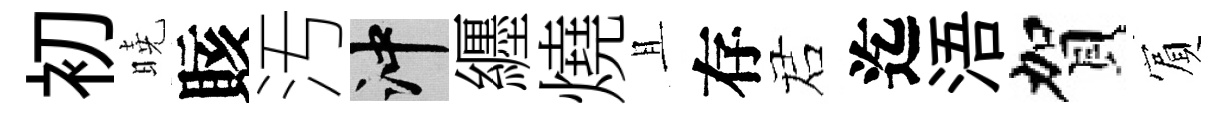
初曉賅汚冲纒燒且存诺迄浯賀賔